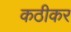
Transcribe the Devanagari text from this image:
कठीकर